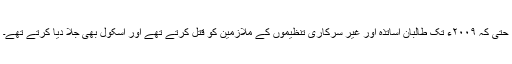
حتیٰ کہ ۲۰۰۹ء تک طالبان اساتذہ اور غیر سرکاری تنظیموں کے ملازمین کو قتل کرتے تھے اور اسکول بھی جلا دیا کرتے تھے۔